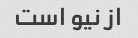
از نیو است